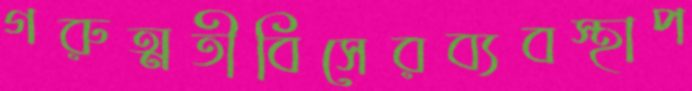
গরুত্মতীবিসেরব্যবস্থাপ